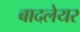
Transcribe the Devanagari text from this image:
बादलेयर